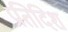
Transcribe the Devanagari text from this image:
प्रतिदिश